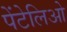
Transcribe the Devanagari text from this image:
पेंटेलिओ